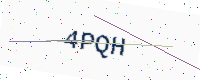
Text: 4PQH